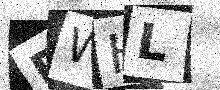
Text: FWHL